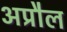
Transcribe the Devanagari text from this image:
अप्रौल